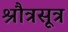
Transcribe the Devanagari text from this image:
श्रौत्रसूत्र